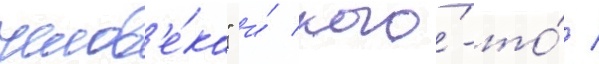
челов'е́ка" и́ кого́-то́ /